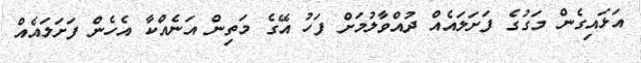
އަޅައިގެން މަގުގެ ފަށަލައެއް ދުއްވާލުމަށް ފަހު އޭގެ މަތިން އަނެއްކާ އެހެން ފަށަލައެއް